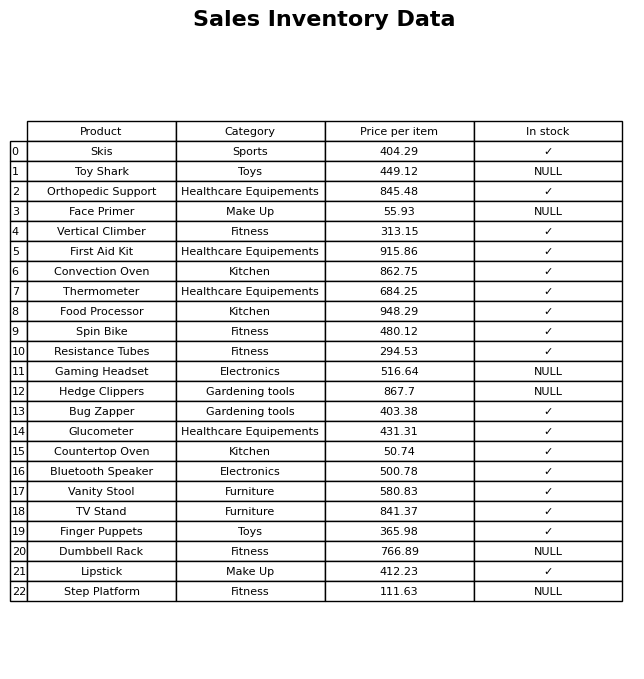
question: Is the Finger Puppets in stock?
answer: ✓